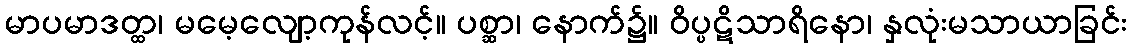
မာပမာဒတ္ထ၊ မမေ့လျော့ကုန်လင့်။ ပစ္ဆာ၊ နောက်၌။ ဝိပ္ပဋိသာရိနော၊ နှလုံးမသာယာခြင်း